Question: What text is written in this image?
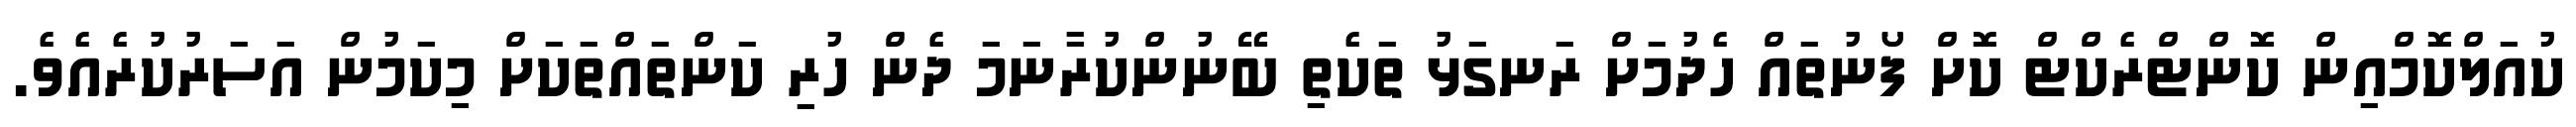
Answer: ކުއަލްކޮމްއިން ކޮންޓްރެކްޓް ކޮށް ފޯނުތައް ހެދުމަށް ރަނގަޅު ތަކެތި ބޭނުންކުރާނަމަ ދެން ހުރި ކަންތައްތަކަށް މިކަމުން އަސަރުކުރެއެވެ.